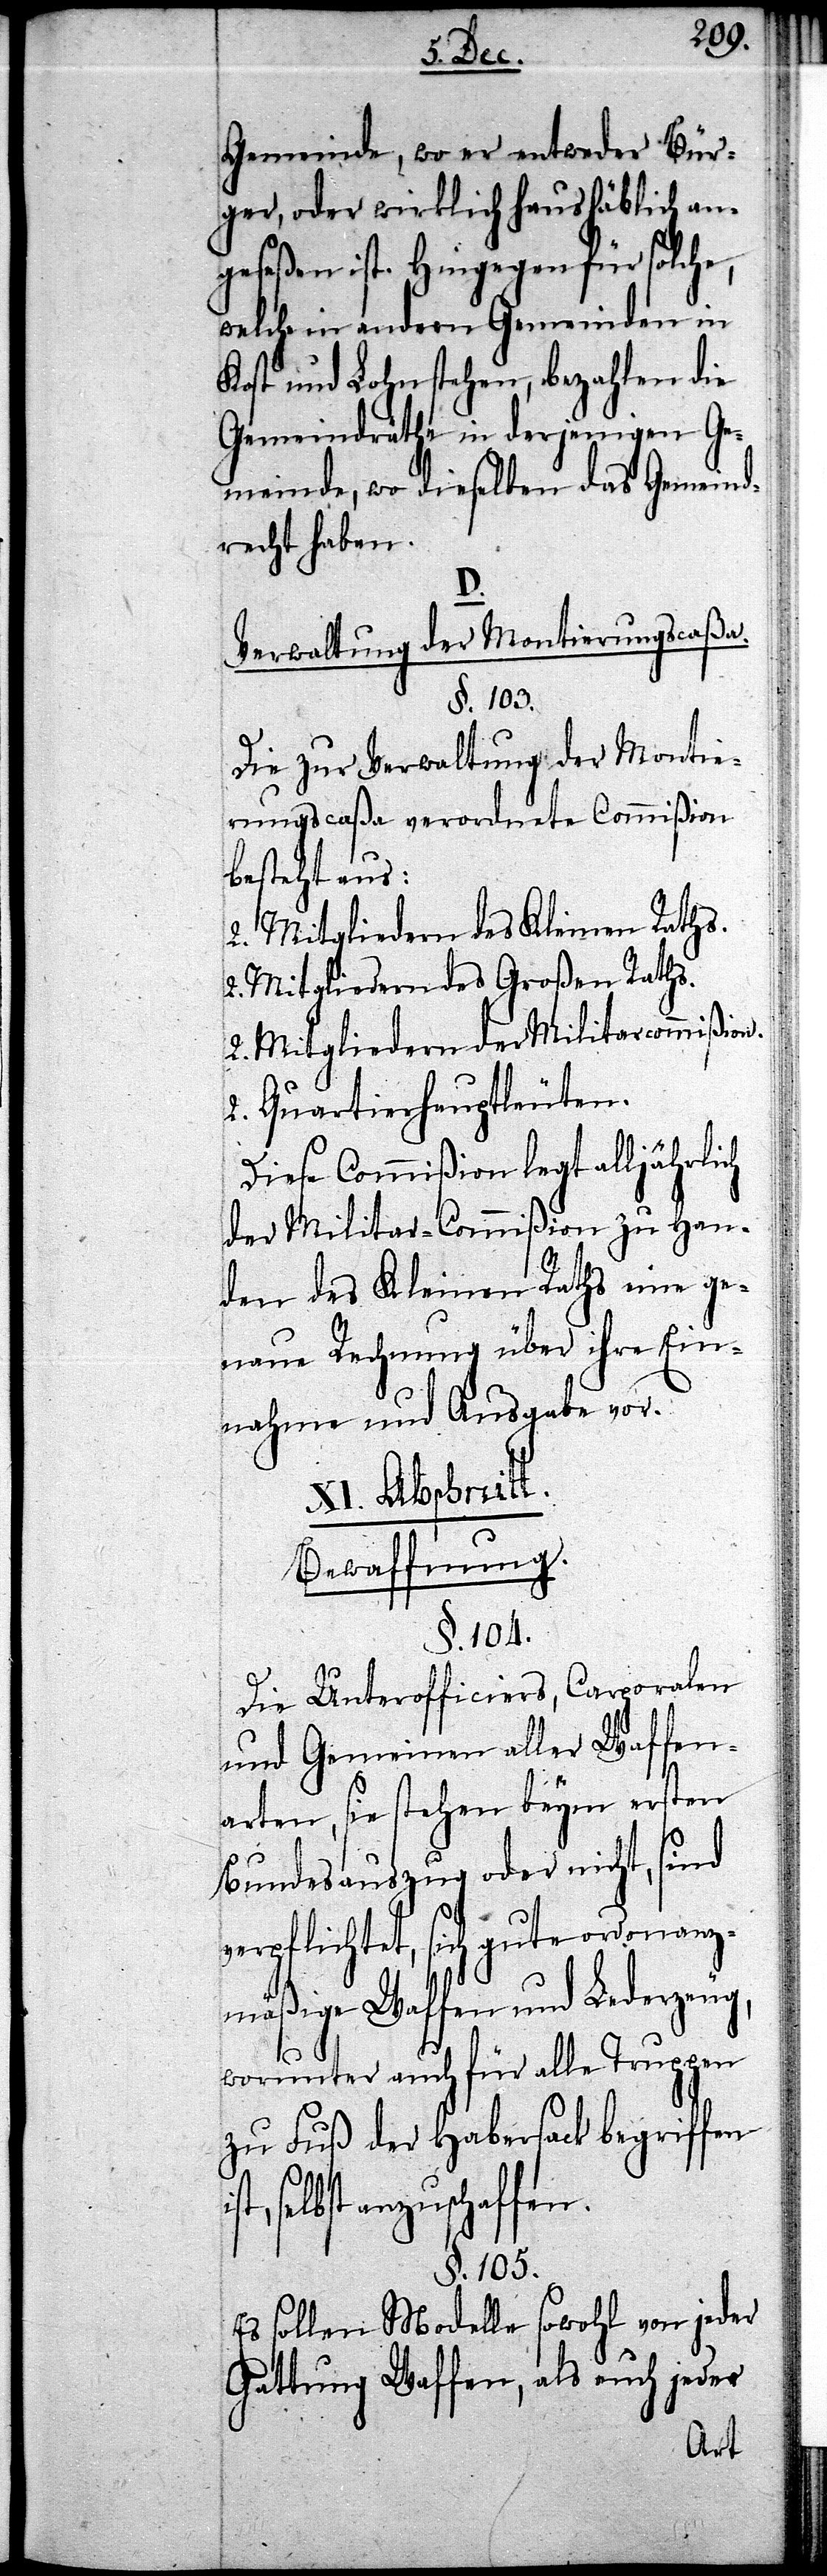
Gemeinde, wo er entweder Bür¬
ger, oder wirklich haushäblich an¬
geseßen ist. Hingegen für solche,
welche in andern Gemeinden in
Kost und Lohn stehen, bezahlen die
Gemeindräthe in derjenigen Ge¬
meinde, wo dieselben das Gemeind¬
recht haben.
D.
Verwaltung der Montierungscaßa.
§. 103.
Die zur Verwaltung der Montie¬
rungscaßa verordnete Commißion
besteht aus.
2. Mitgliedern des Kleinen Raths.
2. Mitgliedern des Großen Raths.
2. Mitgliedern der Militarcommißion.
2. Quartierhauptleuten.
Diese Commißion legt alljährlich
der Militar-Commißion zu Han¬
den des Kleinen Raths eine ge¬
naue Rechnung über ihre Ein¬
nahme und Ausgabe vor.
XI. Abschnitt.
Bewaffnung.
§. 104.
Die Unterofficiers, Carporalen
und Gemeinen aller Waffen¬
arten, sie stehen beym ersten
Bundesauszug oder nicht, sind
verpflichtet, sich gute ordonanz¬
mäßige Waffen und Lederzeug,
worunter auch für alle Truppen
zu Fuß der Habersack begriffen
selbst anzuschaffen.
§. 105.
Es sollen Modelle sowohl von jeder
Gattung Waffen, als auch jeder